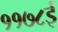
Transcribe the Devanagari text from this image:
११७८ई